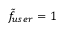
\Tilde { f } _ { u s e r } = 1